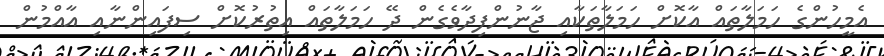
އެމީހުންގެ ހަމަލާތައް އާކޮށް ހަމަލާތަކާއި ޖާނުންފިދާވެގެން ދޭ ހަމަލާތައް އިތުރުކޮށް ސިފައިންނާއި އާއްމުން